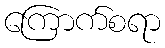
ကြောက်စရာ